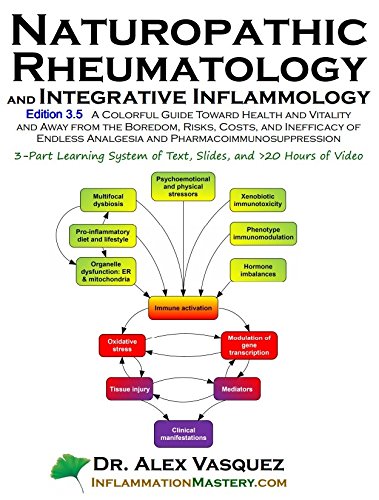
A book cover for Naturopathic Rheumatology and Integrative Inflammology V3.5: A Colorful Guide Toward Health and Vitality and Away from the Boredom, Risks, Costs, and; Alex Vasquez; Medical Books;